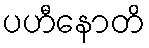
ပဟီနောတိ